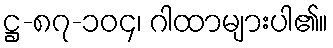
ဋ္ဌ-၈၇-၁၀၄၊ ဂါထာများပါ၏။